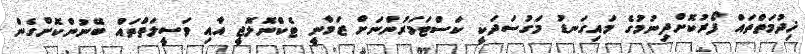
ޚިދުމަތްތައް ފޯރުކޮށްދިނުމުގެ މައިގަނޑު މަގުސަދަކީ ކަސްޓަމަރުންނަށް ޒަމާނީ ޓެކްނޮލޮޖީ އާއި ވަސީލަތްތައް ބޭނުންކޮށްގެން